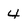
Character: 4